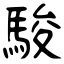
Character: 駿